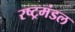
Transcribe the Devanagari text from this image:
रष्ट्रमंडल